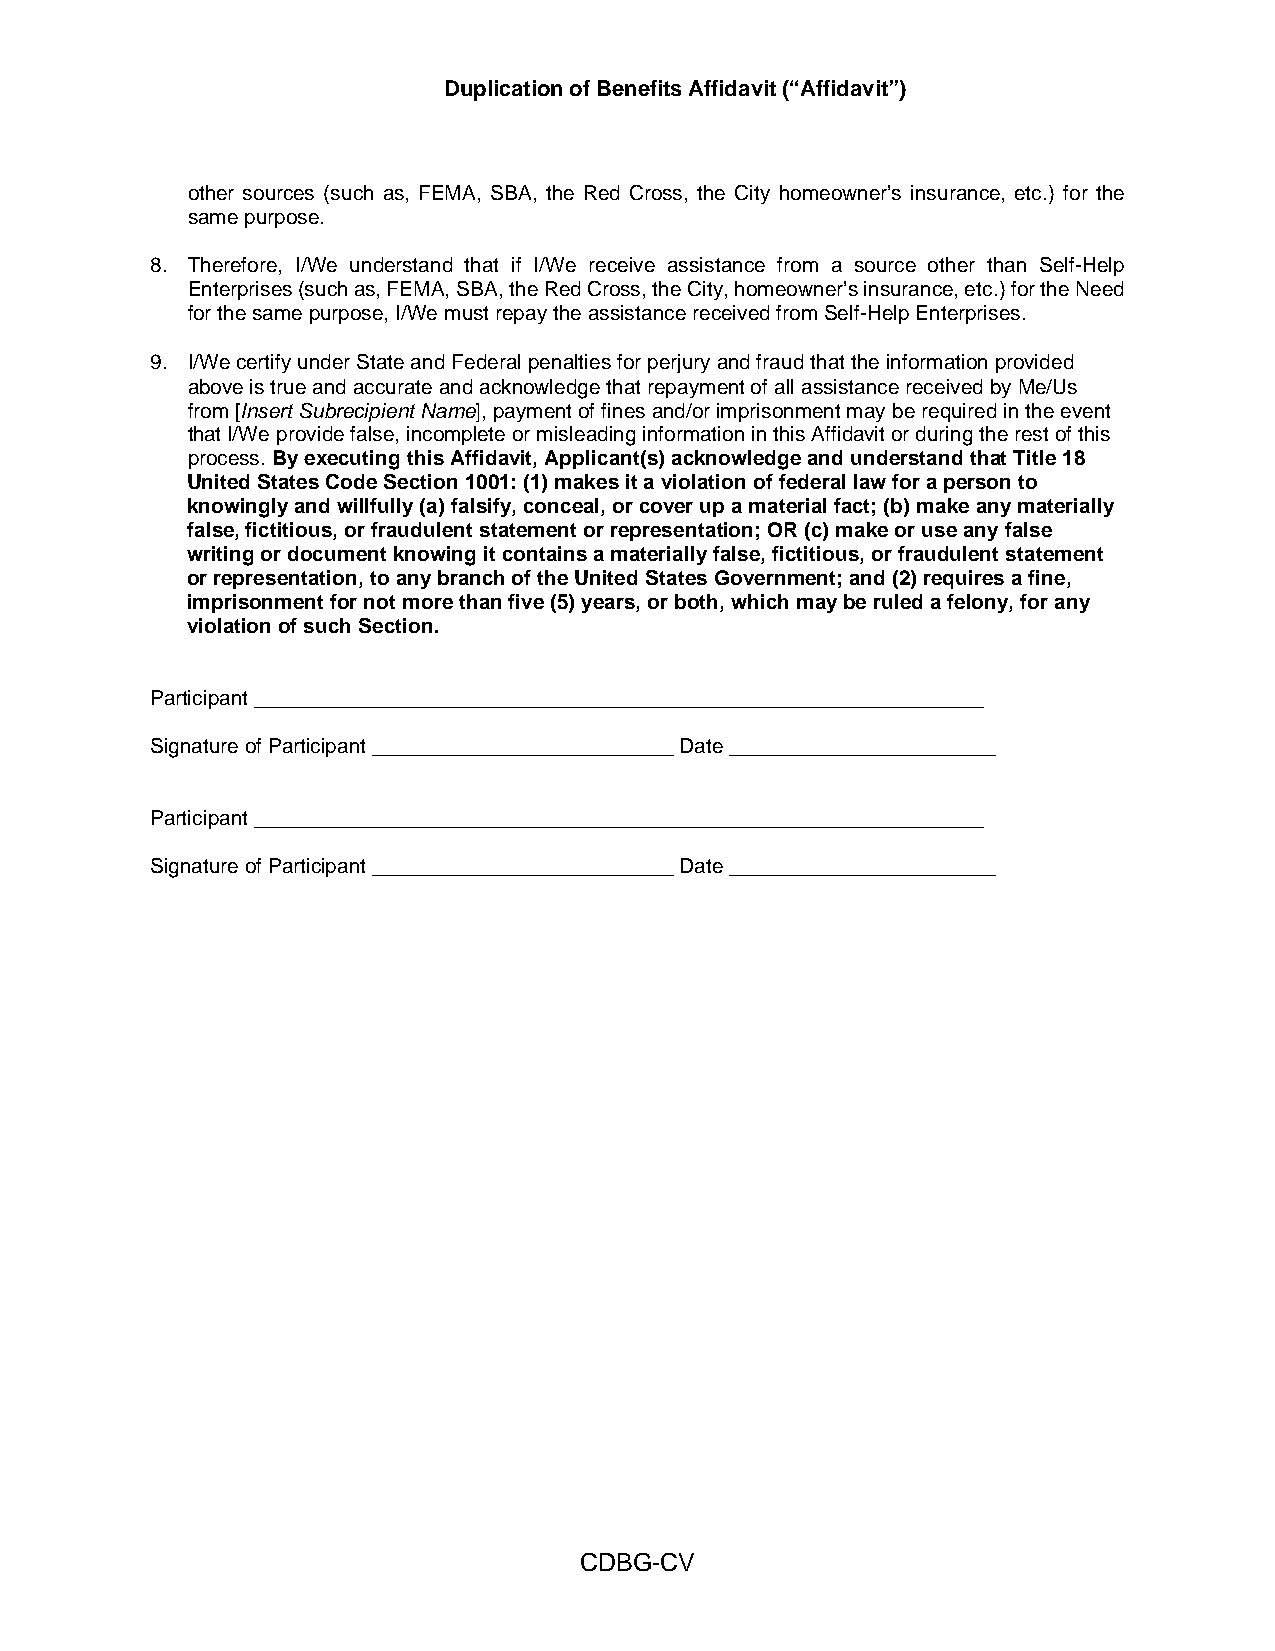
Duplication of Benefits Affidavit (“Affidavit”)
 other sources (such as, FEMA, SBA, the Red Cross, the City homeowner’s insurance, etc.) for the
 same purpose.
 8. Therefore, I/We understand that if I/We receive assistance from a source other than Self-Help
 Enterprises (such as, FEMA, SBA, the Red Cross, the City, homeowner’s insurance, etc.) for the Need
 for the same purpose, I/We must repay the assistance received from Self-Help Enterprises.
 9. I/We certify under State and Federal penalties for perjury and fraud that the information provided
 above is true and accurate and acknowledge that repayment of all assistance received by Me/Us
 from [Insert Subrecipient Name], payment of fines and/or imprisonment may be required in the event
 that I/We provide false, incomplete or misleading information in this Affidavit or during the rest of this
 process. By executing this Affidavit, Applicant(s) acknowledge and understand that Title 18
 United States Code Section 1001: (1) makes it a violation of federal law for a person to
 knowingly and willfully (a) falsify, conceal, or cover up a material fact; (b) make any materially
 false, fictitious, or fraudulent statement or representation; OR (c) make or use any false
 writing or document knowing it contains a materially false, fictitious, or fraudulent statement
 or representation, to any branch of the United States Government; and (2) requires a fine,
 imprisonment for not more than five (5) years, or both, which may be ruled a felony, for any
 violation of such Section.
 Participant _______________________________________________________________
 Signature of Participant __________________________ Date _______________________
 Participant _______________________________________________________________
 Signature of Participant __________________________ Date _______________________
 CDBG-CV